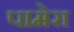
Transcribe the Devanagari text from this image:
पामेरा